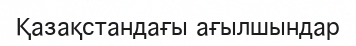
Қазақстандағы ағылшындар